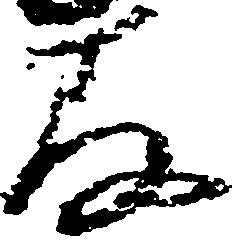
存